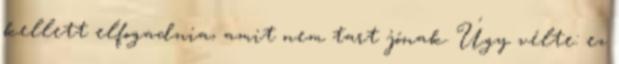
kellett elfogadnia, amit nem tart jónak. Úgy vélte: ez